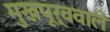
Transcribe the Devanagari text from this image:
मुखपूर्ववाले